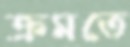
ক্রমতে